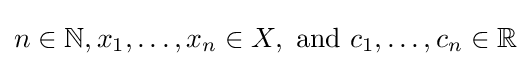
n\in \mathbb {N} ,x_{1},\dots ,x_{n}\in X,{\text{ and }}c_{1},\dots ,c_{n}\in \mathbb {R}